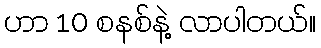
ဟာ 10 စနစ်နဲ့ လာပါတယ်။